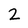
Character: 2